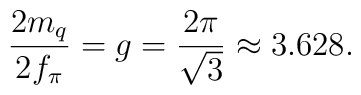
\frac{2m_q}{2f_{\pi}}=g=\frac{2\pi}{\sqrt{3}}\approx 3.628.